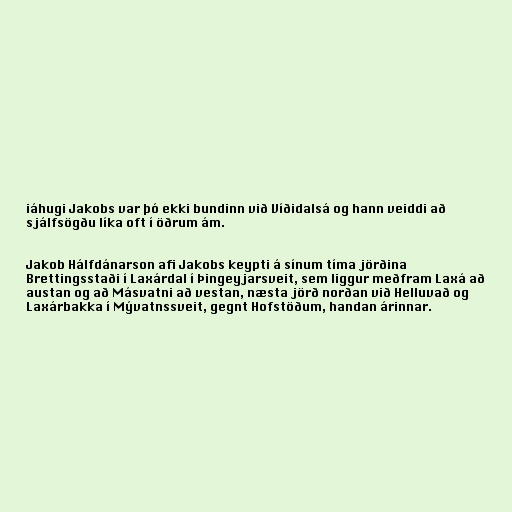
iáhugi Jakobs var þó ekki bundinn við Víðidalsá og hann veiddi að
sjálfsögðu líka oft í öðrum ám.

Jakob Hálfdánarson afi Jakobs keypti á sínum tíma jörðina
Brettingsstaði í Laxárdal í Þingeyjarsveit, sem liggur meðfram Laxá að
austan og að Másvatni að vestan, næsta jörð norðan við Helluvað og
Laxárbakka í Mývatnssveit, gegnt Hofstöðum, handan árinnar.